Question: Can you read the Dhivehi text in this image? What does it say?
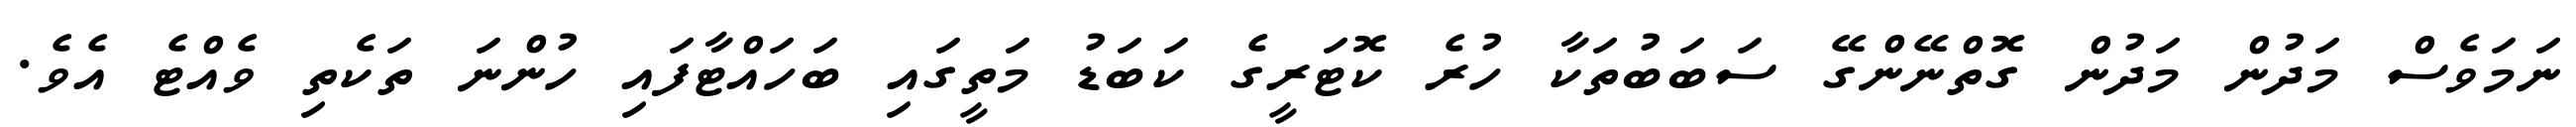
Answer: ނަމަވެސް މަދުން މަދުން ގޮތްނޭންގޭ ސަބަބުތަކާ ހުރެ ކޮޓަރީގެ ކަބަޑު މަތީގައި ބަހައްޓާފައި ހުންނަ ތަކެތި ވެއްޓެ އެވެ.